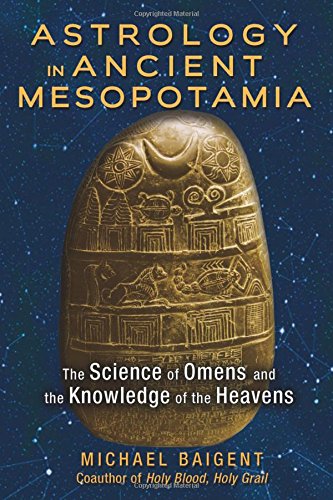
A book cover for Astrology in Ancient Mesopotamia: The Science of Omens and the Knowledge of the Heavens; Michael Baigent; History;